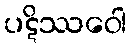
ပဋိဿဝေါ